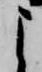
よ